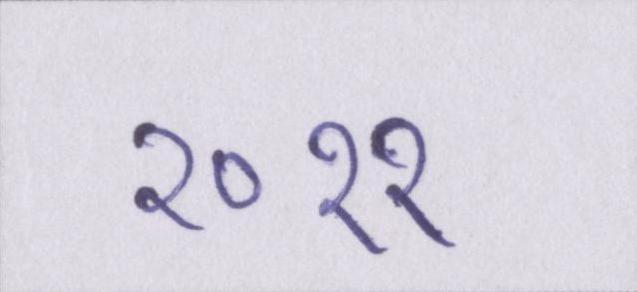
२०११